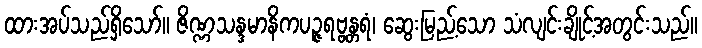
ထားအပ်သည်ရှိသော်။ ဇိဏ္ဏသန္ဒမာနိကပဉ္ဇရဗ္ဗန္တရံ၊ ဆွေးမြည့်သော သံလျင်းချိုင့်အတွင်းသည်။